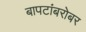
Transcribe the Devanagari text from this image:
बापटांबरोबर